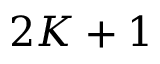
2 K + 1